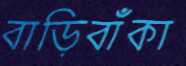
বাড়িবাঁকা